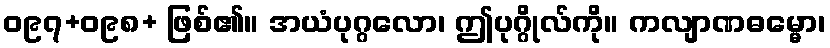
ဝ၉၇+ဝ၉၈+ ဖြစ်၏။ အယံပုဂ္ဂလော၊ ဤပုဂ္ဂိုလ်ကို။ ကလျာဏဓမ္မော၊